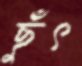
ছুঁৎ